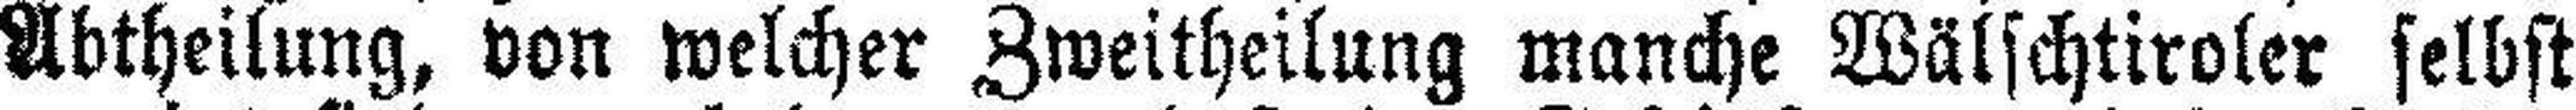
Abtheilung, von welcher Zweitheilung manche Wälschtiroler selbst